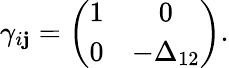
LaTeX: \gamma_{i\mathbf{j}}=\left(\begin{array}{cc}{{1}}&{{0}}\\ {{0}}&{{-\Delta_{12}}}\end{array}\right).